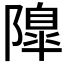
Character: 𨼍